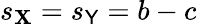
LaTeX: s_{\mathbf{X}}=s_{\mathsf{Y}}=b-c